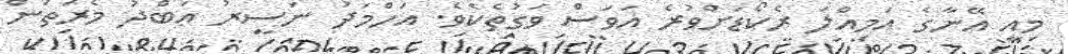
މިއީ އޭނާގެ އަމިއްލަ ރެކޯޑަށްވުރެ އަވަސް ވަގުތެކެވެ. އަހްމަދު ނަސީރު ޢަބްދު މެރަތަން